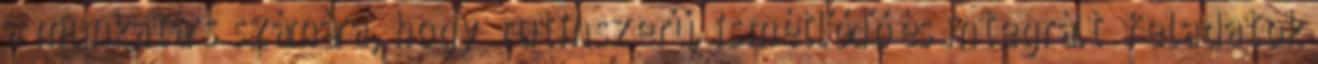
a munkatárs számára, hogy „rutinszerű, ismétlődő és integrált” feladatok